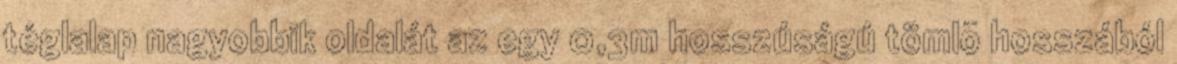
téglalap nagyobbik oldalát az egy 0,3m hosszúságú tömlõ hosszából